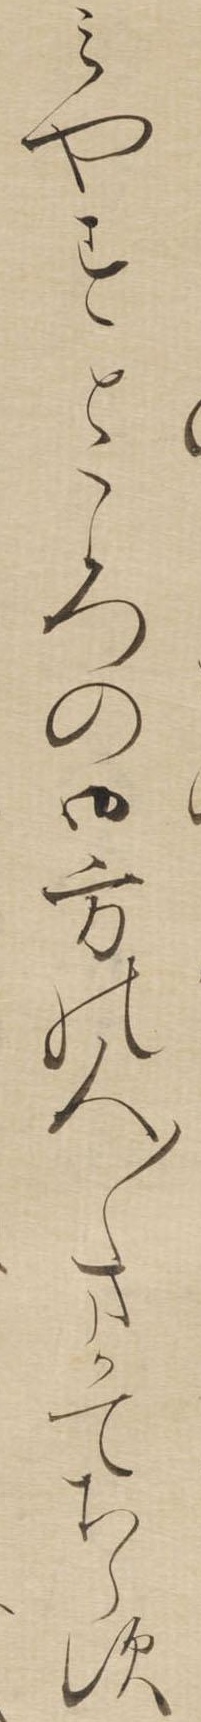
みやすところの御方の人〱まかてちらす